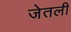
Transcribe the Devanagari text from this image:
जेतली